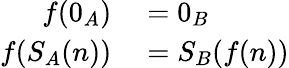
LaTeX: \begin{array}{rl}{f(0_{A})}&{{}=0_{B}}\\ {f(S_{A}(n))}&{{}=S_{B}(f(n))}\end{array}